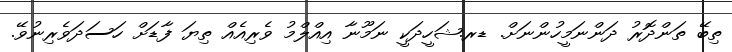
ތިބޭ ތަންދޮރު ދަންނަމީހުންނަށް. ޑރ.ޝަހީދަކީ ނަމޫނާ އިއްލްމު ވެރިއެއް ތިޔަ ފާޑަށް ހަސަދަވެރިނުވޭ.